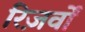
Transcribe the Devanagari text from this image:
रिज़र्वों